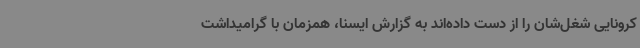
کرونایی شغل‌شان را از دست داده‌اند به گزارش ایسنا، همزمان با گرامیداشت